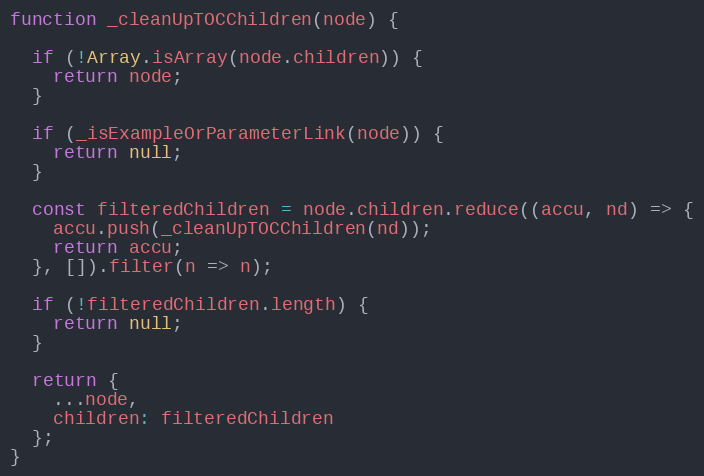
Language: JavaScript
function _cleanUpTOCChildren(node) {

  if (!Array.isArray(node.children)) {
    return node;
  }

  if (_isExampleOrParameterLink(node)) {
    return null;
  }

  const filteredChildren = node.children.reduce((accu, nd) => {
    accu.push(_cleanUpTOCChildren(nd));
    return accu;
  }, []).filter(n => n);

  if (!filteredChildren.length) {
    return null;
  }

  return {
    ...node,
    children: filteredChildren
  };
}